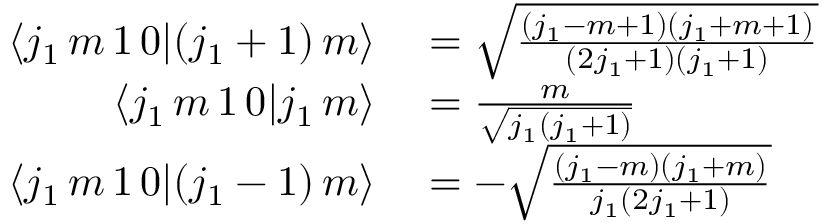
\begin{array} { r l } { \langle j _ { 1 } \, m \, 1 \, 0 | ( j _ { 1 } + 1 ) \, m \rangle } & { { } = { \sqrt { \frac { ( j _ { 1 } - m + 1 ) ( j _ { 1 } + m + 1 ) } { ( 2 j _ { 1 } + 1 ) ( j _ { 1 } + 1 ) } } } } \\ { \langle j _ { 1 } \, m \, 1 \, 0 | j _ { 1 } \, m \rangle } & { { } = { \frac { m } { \sqrt { j _ { 1 } ( j _ { 1 } + 1 ) } } } } \\ { \langle j _ { 1 } \, m \, 1 \, 0 | ( j _ { 1 } - 1 ) \, m \rangle } & { { } = - { \sqrt { \frac { ( j _ { 1 } - m ) ( j _ { 1 } + m ) } { j _ { 1 } ( 2 j _ { 1 } + 1 ) } } } } \end{array}